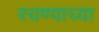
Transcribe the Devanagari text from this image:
रचण्याच्या